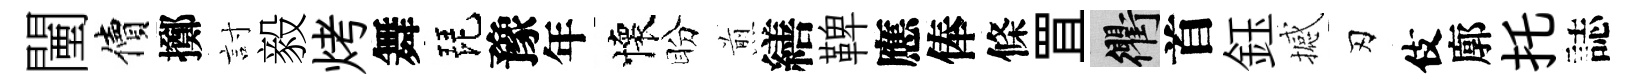
闉價擲討毅烤舞琵豫年懷盼煎繕鞞應俸條罝衢首鈺撼刃伎廓托誌